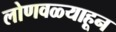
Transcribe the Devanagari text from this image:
लोणवळ्याहून